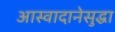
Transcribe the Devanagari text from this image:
आस्वादानेसुद्धा